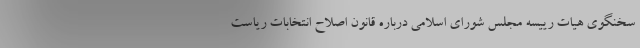
سخنگوی هیات رییسه مجلس شورای اسلامی درباره قانون اصلاح انتخابات ریاست